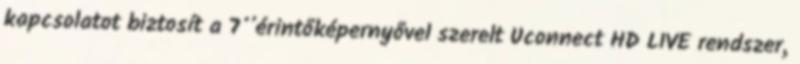
kapcsolatot biztosít a 7’’érintőképernyővel szerelt Uconnect HD LIVE rendszer,